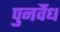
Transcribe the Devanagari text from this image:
पुनर्वैध